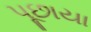
પૂછાયા